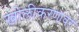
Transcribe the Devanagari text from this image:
खोलीकरणावर